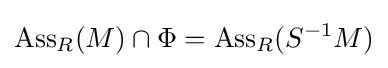
\operatorname {Ass} _{R}(M)\cap \Phi =\operatorname {Ass} _{R}(S^{-1}M)